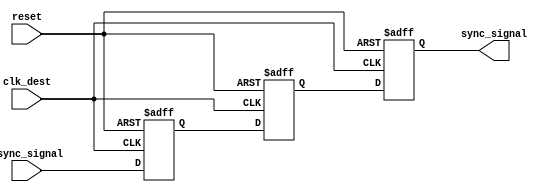
module triple_ff_synchronizer (
    input wire async_signal,  // Input signal from the asynchronous clock domain
    input wire clk_dest,      // Clock signal for the destination clock domain
    input wire reset,         // Asynchronous reset (optional)
    output reg sync_signal     // Synchronized output signal
);

    // Internal signals for the three flip-flops
    reg ff1_out; // Output of the first flip-flop
    reg ff2_out; // Output of the second flip-flop

    // First flip-flop to capture the async_signal
    always @(posedge clk_dest or posedge reset) begin
        if (reset) begin
            ff1_out <= 1'b0; // Reset state
        end else begin
            ff1_out <= async_signal; // Capture async_signal
        end
    end

    // Second flip-flop to capture the output of FF1
    always @(posedge clk_dest or posedge reset) begin
        if (reset) begin
            ff2_out <= 1'b0; // Reset state
        end else begin
            ff2_out <= ff1_out; // Capture output of FF1
        end
    end

    // Third flip-flop to provide the synchronized output
    always @(posedge clk_dest or posedge reset) begin
        if (reset) begin
            sync_signal <= 1'b0; // Reset state
        end else begin
            sync_signal <= ff2_out; // Capture output of FF2
        end
    end

endmodule